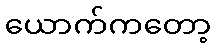
ယောက်ကတော့